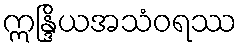
ဣန္ဒြိယအသံဝရဿ